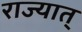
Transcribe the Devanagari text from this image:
राज्यात्